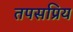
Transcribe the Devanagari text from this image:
तपसप्रिय